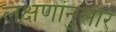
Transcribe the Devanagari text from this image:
लक्षणांनुसार